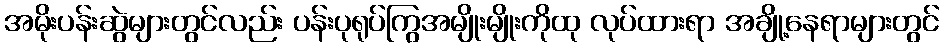
အမိုးပန်းဆွဲများတွင်လည်း ပန်းပုရုပ်ကြွအမျိုးမျိုးကိုထု လုပ်ထားရာ အချို့နေရာများတွင်